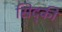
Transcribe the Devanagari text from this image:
सिद्की